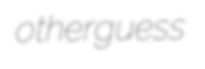
otherguess